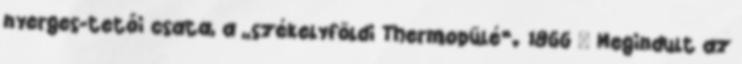
nyerges-tetői csata, a „székelyföldi Thermopülé”. 1866 – Megindult az